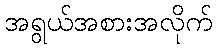
အရွယ်အစားအလိုက်